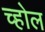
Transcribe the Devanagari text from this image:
च्होल